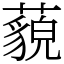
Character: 藐